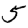
Digit: 5